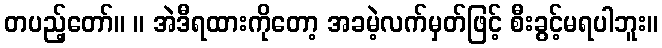
တပည့်တော်။ ။ အဲဒီရထားကိုတော့ အခမဲ့လက်မှတ်ဖြင့် စီးခွင့်မရပါဘူး။